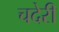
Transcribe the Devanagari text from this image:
चदेरी